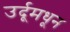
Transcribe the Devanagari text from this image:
उर्दूमधून